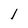
Character: l